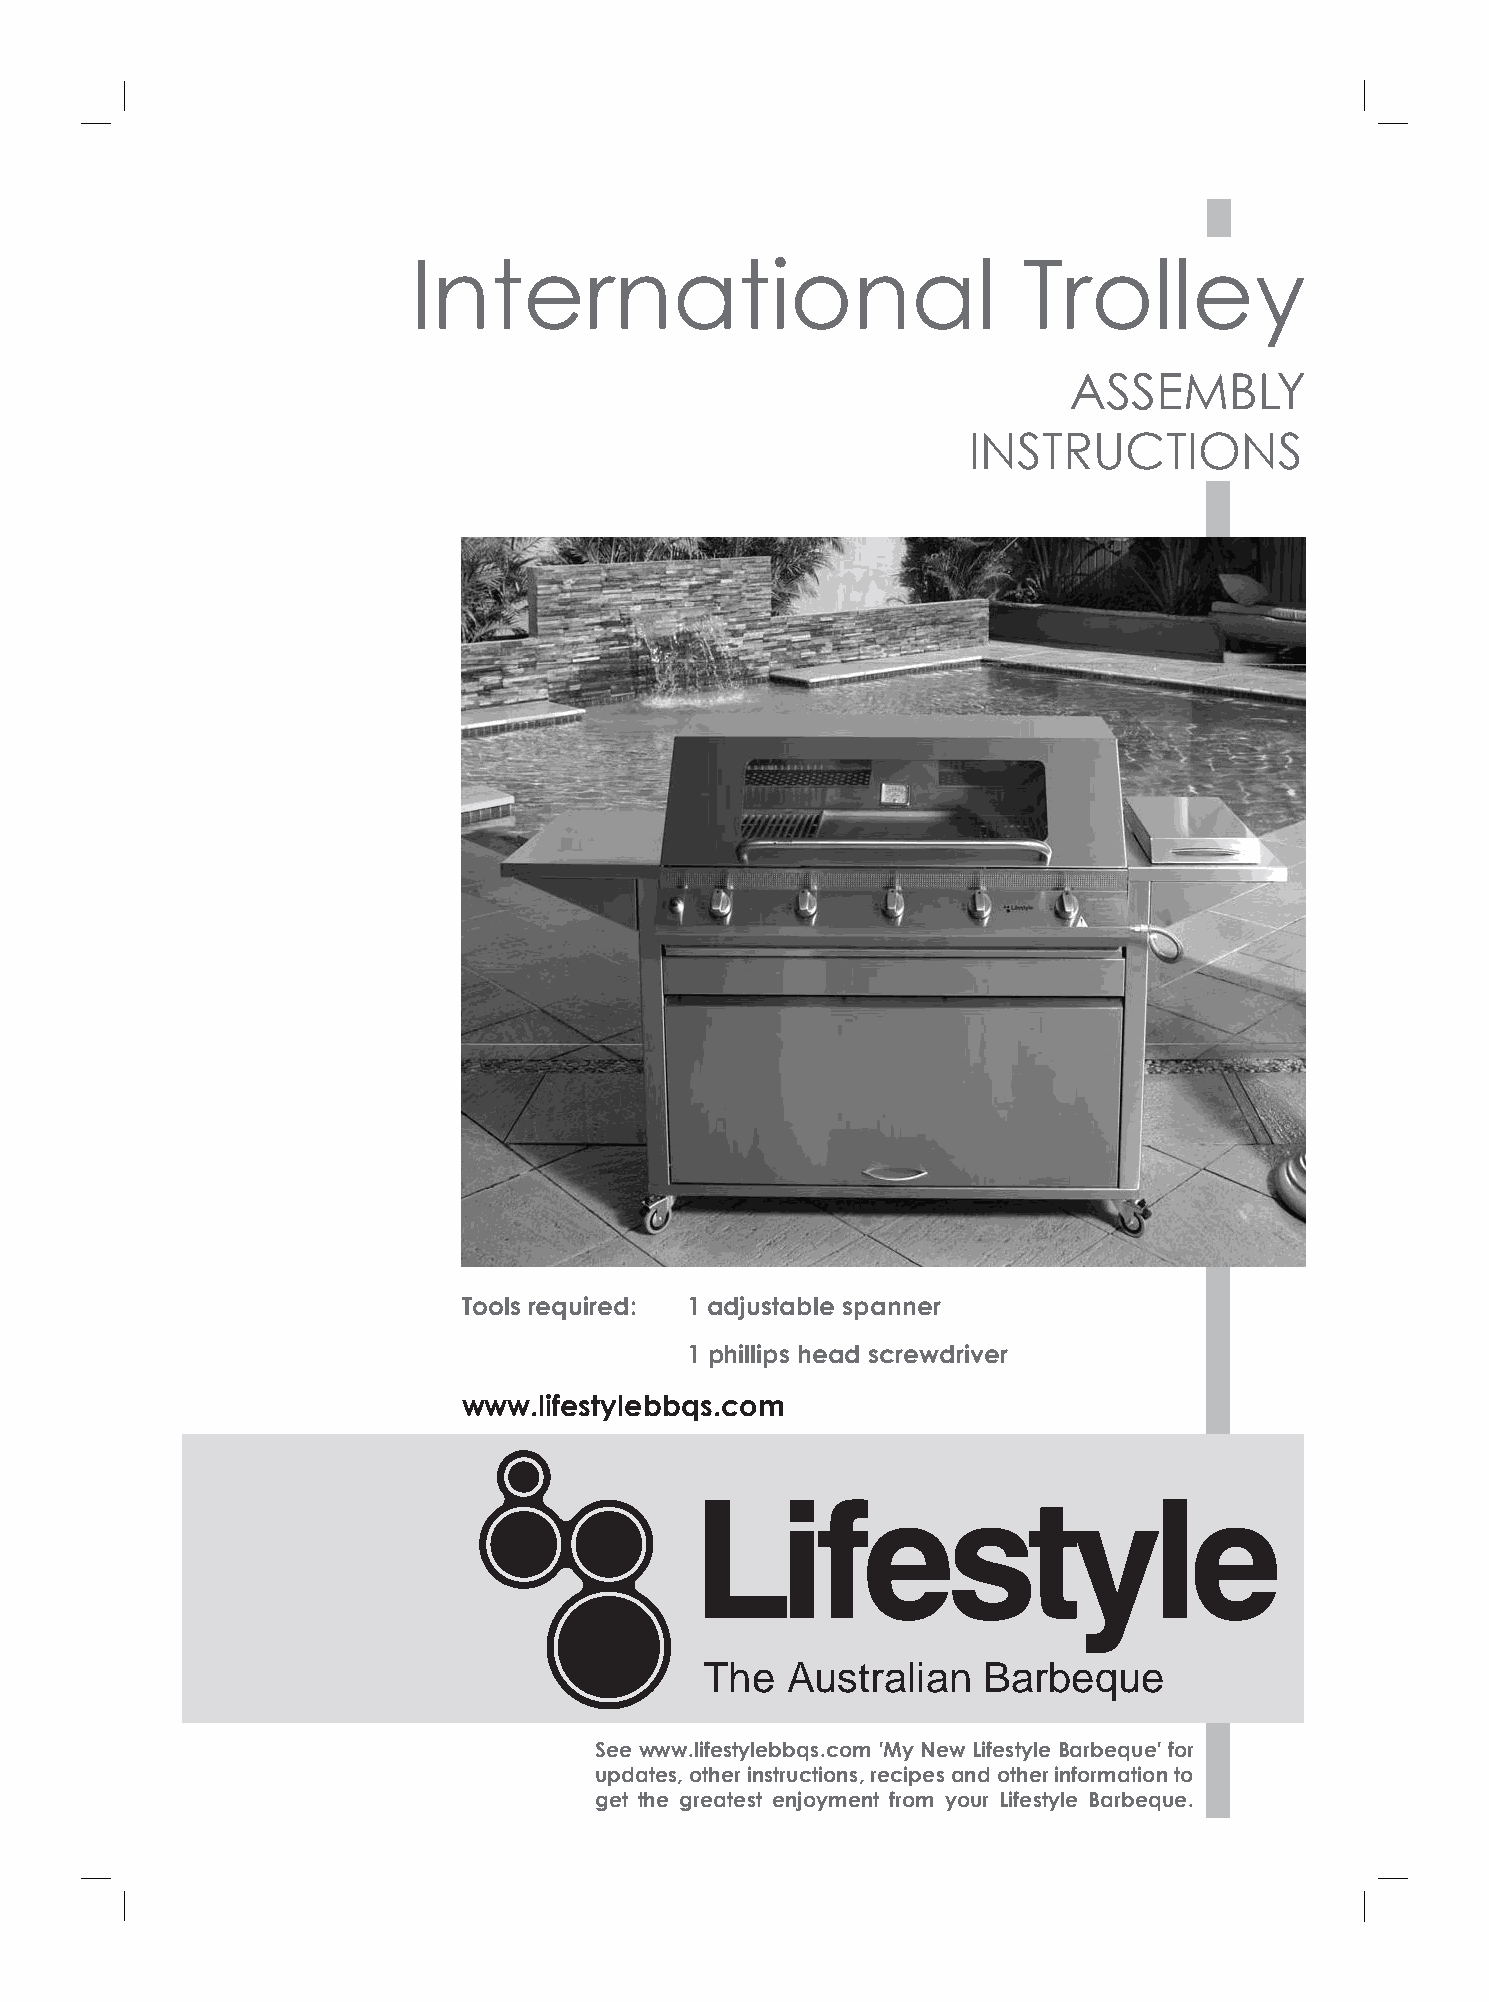
International                            Trolley
 ASSEMBLY
 INSTRUCTIONS
 Tools required: 1 adjustable spanner
 1 phillips head screwdriver
 www.lifestylebbqs.com
 The  Australian   Barbeque
 See www.lifestylebbqs.com 'My New Lifestyle Barbeque' for
 updates, other instructions, recipes and other information to
 get the greatest enjoyment from your Lifestyle Barbeque.